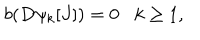
b ( D \psi _ { k } [ J ] ) = 0 k \geq 1 ,